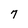
Character: 7